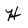
Character: H